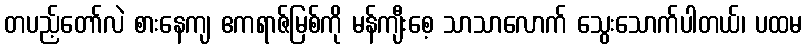
တပည့်တော်လဲ စားနေကျ ဧကရာဇ်မြစ်ကို မန်ကျီးစေ့ သာသာလောက် သွေးသောက်ပါတယ်၊ ပထမ